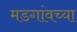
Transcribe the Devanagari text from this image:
मडगांवच्या